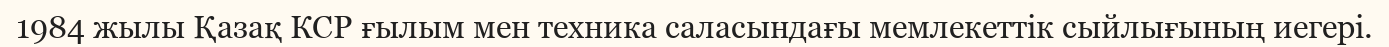
1984 жылы Қазақ КСР ғылым мен техника саласындағы мемлекеттік сыйлығының иегері.